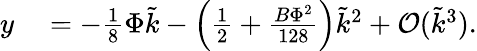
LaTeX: \begin{array}{rl}{y}&{{}=-\frac{1}{8}\Phi\tilde{\mathcal{k}}-\left(\frac{1}{2}+\frac{B\Phi^{2}}{128}\right)\tilde{\mathcal{k}}^{2}+\mathcal{O}(\tilde{\mathcal{k}}^{3}).}\end{array}